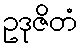
ဥဒုဇိတံ